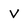
Character: V